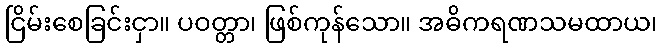
ငြိမ်းစေခြင်းငှာ။ ပဝတ္တာ၊ ဖြစ်ကုန်သော။ အဓိကရဏသမထာယ၊